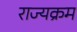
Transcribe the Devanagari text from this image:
राज्यक्रम